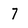
Character: 7